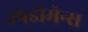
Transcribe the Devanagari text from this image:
उपडोमेन्स